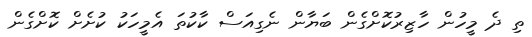
ތި ދެ މީހުން ހާޒިރުކޮށްގެން ބަޔާން ނެގިއަސް ކާކުތަ އެމީހަކު ކުށެށް ކޮށްގެން